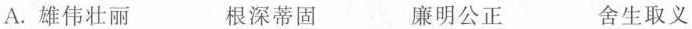
A. 雄伟壮丽 根深蒂固 廉明公正 舍生取义